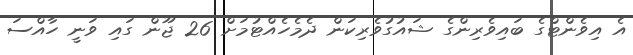
އެ އިވެންޓްގެ ބައިވެރިންގެ ޝައުގުވެރިކަން ދެމެހެއްޓުމަށް 26 ޖޫން ގައި ވަނީ ހާއްސަ